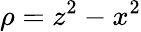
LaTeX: \rho=z^{2}-x^{2}